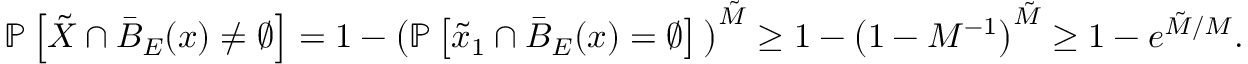
\begin{array} { r } { \mathbb { P } \left[ \boldsymbol { \tilde { X } } \cap \bar { B } _ { E } ( \boldsymbol { x } ) \neq \varnothing \right] = 1 - \big ( \mathbb { P } \left[ \boldsymbol { \tilde { x } } _ { 1 } \cap \bar { B } _ { E } ( \boldsymbol { x } ) = \varnothing \right] \big ) ^ { \tilde { M } } \ge 1 - \left( 1 - M ^ { - 1 } \right) ^ { \tilde { M } } \ge 1 - e ^ { \tilde { M } / M } . } \end{array}